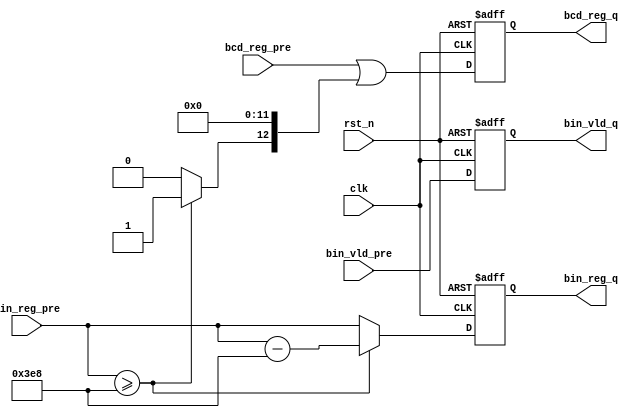
`timescale 1ns / 1ps
//////////////////////////////////////////////////////////////////////////////////
// Company: 
// Engineer: 
// 
// Design Name: 
// Module Name: qian
// Project Name: 
// Target Devices: 
// Tool Versions: 
// Description: 
// 
// Dependencies: 
// 
// Revision:
// Revision 0.01 - File Created
// Additional Comments:
// 
//////////////////////////////////////////////////////////////////////////////////


module qian(
        output reg [16:0] bcd_reg_q,
        output reg [9:0] bin_reg_q,
        output reg bin_vld_q,
        input bin_vld_pre,
        input [9:0] bin_reg_pre,
        input [16:0] bcd_reg_pre,
        input clk,rst_n
    );
    wire [16:0] qian;
    wire [16:0] bcd_qian;
    wire [9:0] bin_qian;
    assign qian = (bin_reg_pre>=10'd1000)? 17'd1:17'd0;
    assign bin_qian = (bin_reg_pre>=10'd1000)? bin_reg_pre-10'd1000:bin_reg_pre;
    assign bcd_qian = bcd_reg_pre | (qian<<12);
    always @(posedge clk or negedge rst_n)
        if (rst_n==1'b0)
        begin
            bcd_reg_q<=17'd0;
            bin_reg_q<=10'd0;
            bin_vld_q<=1'b0;
        end else begin
            bcd_reg_q<=bcd_qian;
            bin_reg_q<=bin_qian;
            bin_vld_q<=bin_vld_pre;
        end 
endmodule